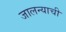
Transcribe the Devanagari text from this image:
जालन्याची